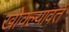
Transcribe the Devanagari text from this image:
खोक्ल्यावते